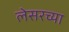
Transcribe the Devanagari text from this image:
लेसरच्या